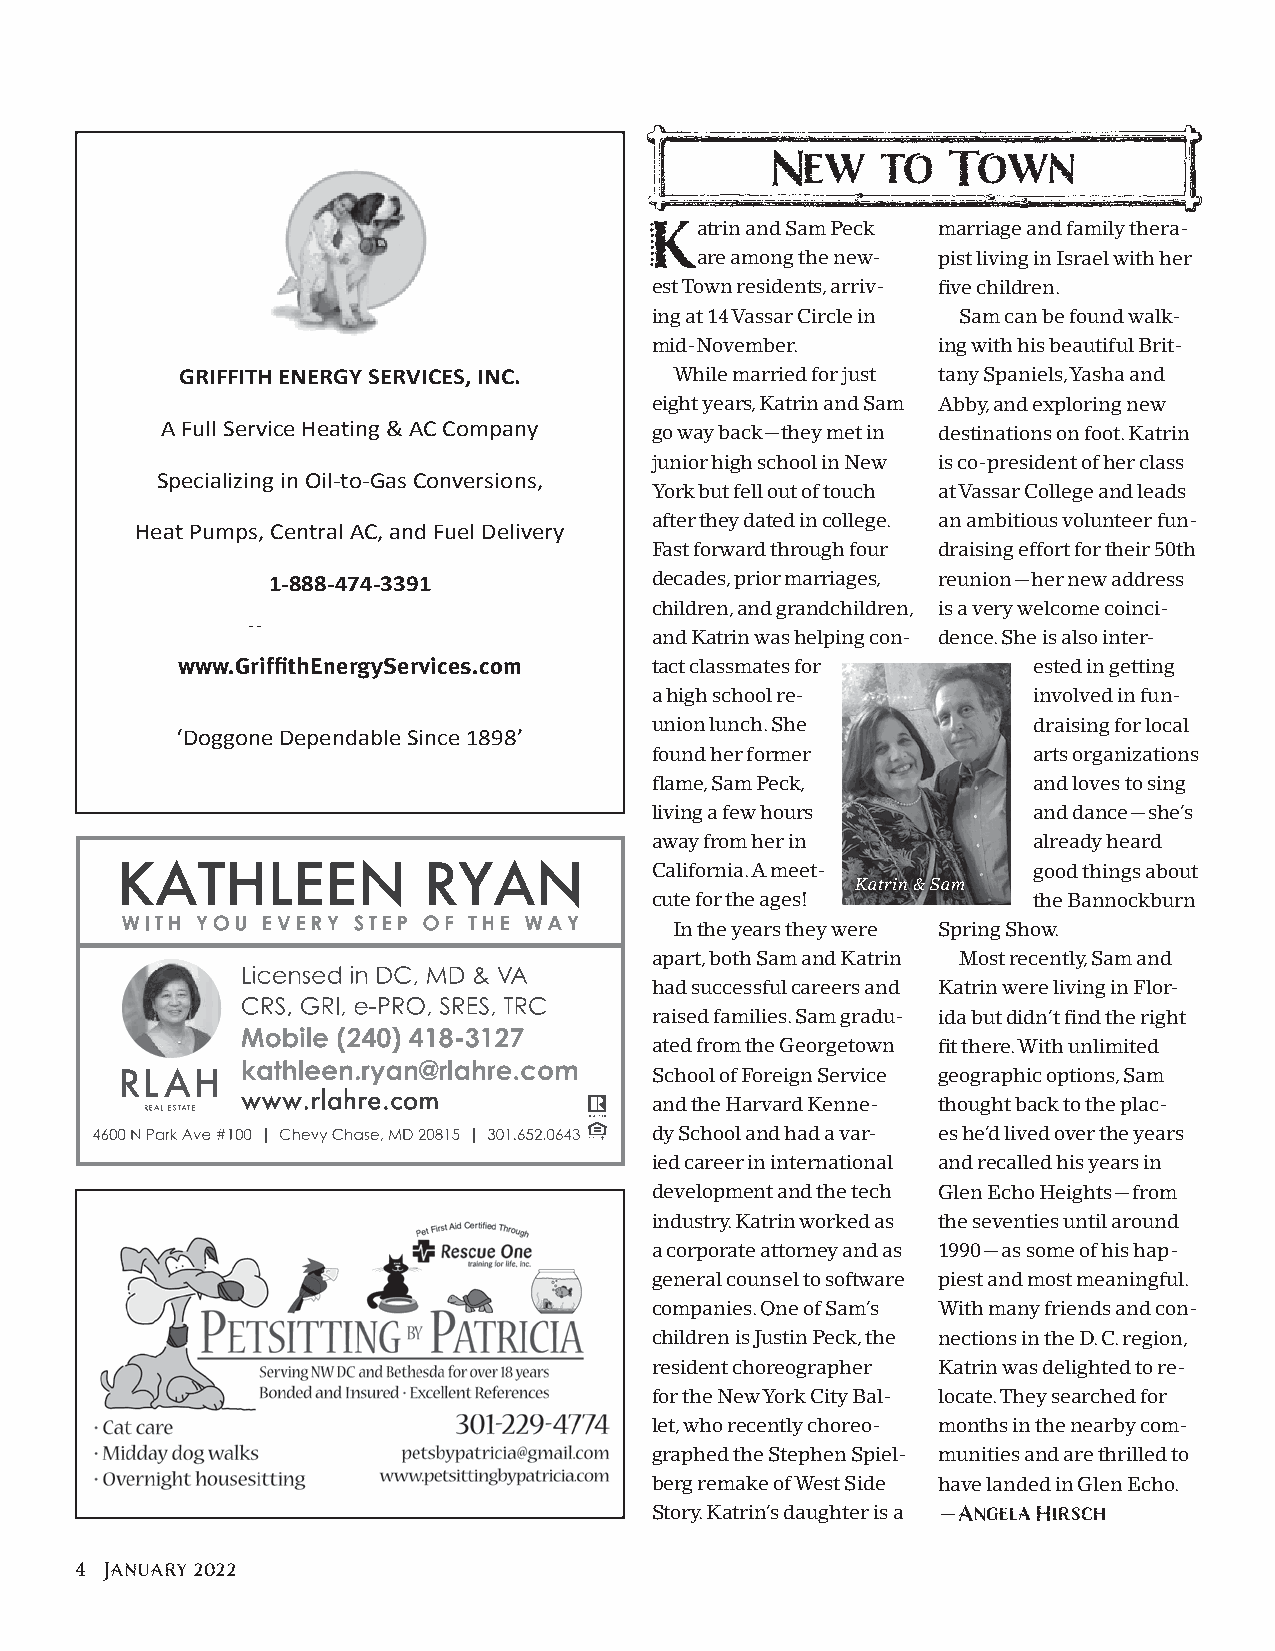
New    to   Town
 atrin and Sam Peck marriage and family thera-
 K
 are among the new- pist living in Israel with her
 est Town residents, arriv- five children.
 ing at 14 Vassar Circle in Sam can be found walk-
 mid-November.      ing with his beautiful Brit-
 GRIFFITH ENERGY SERVICES, INC.   While married for just tany Spaniels, Yasha and
 eight years, Katrin and Sam Abby, and exploring new
 A Full Service Heating & AC Company go way back—they met in destinations on foot. Katrin
 junior high school in New is co-president of her class
 Specializing in Oil-to-Gas Conversions,
 York but fell out of touch at Vassar College and leads
 after they dated in college. an ambitious volunteer fun-
 Heat Pumps, Central AC, and Fuel Delivery
 Fast forward through four draising effort for their 50th
 1-888-474-3391           decades, prior marriages, reunion—her new address
 children, and grandchildren, is a very welcome coinci-
 griffithheatingandair.com   and Katrin was helping con- dence. She is also inter-
 www.GriffithEnergyServices.com tact classmates for      ested in getting
 griffithoil.com
 a high school re-        involved in fun-
 union lunch. She         draising for local
 ‘Doggone Dependable Since 1898’
 found her former         arts organizations
 flame, Sam Peck,         and loves to sing
 living a few hours       and dance—she’s
 away from her in         already heard
 California. A meet-      good things about
 Katrin & Sam
 cute for the ages!       the Bannockburn
 In the years they were Spring Show.
 apart, both Sam and Katrin Most recently, Sam and
 had successful careers and Katrin were living in Flor-
 raised families. Sam gradu- ida but didn’t find the right
 ated from the Georgetown fit there. With unlimited
 School of Foreign Service geographic options, Sam
 and the Harvard Kenne- thought back to the plac-
 dy School and had a var- es he’d lived over the years
 ied career in international and recalled his years in
 development and the tech Glen Echo Heights—from
 industry. Katrin worked as the seventies until around
 a corporate attorney and as 1990—as some of his hap-
 general counsel to software piest and most meaningful.
 companies. One of Sam’s With many friends and con-
 children is Justin Peck, the nections in the D. C. region,
 resident choreographer Katrin was delighted to re-
 for the New York City Bal- locate. They searched for
 let, who recently choreo- months in the nearby com-
 graphed the Stephen Spiel- munities and are thrilled to
 berg remake of West Side have landed in Glen Echo.
 Story. Katrin’s daughter is a —Angela Hirsch
 4 January 2022